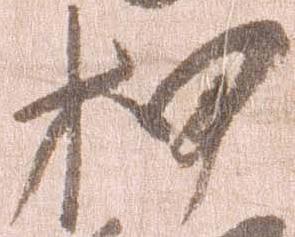
押